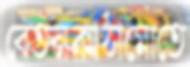
বেতনকাঠামোতে